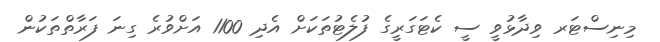
މިނިސްޓަރ ވިދާޅުވީ ސީ ކެޓަގަރީގެ ފުލެޓުތަކަށް އެދި 1100 އަށްވުރެ ގިނަ ފަރާތްތަކުން